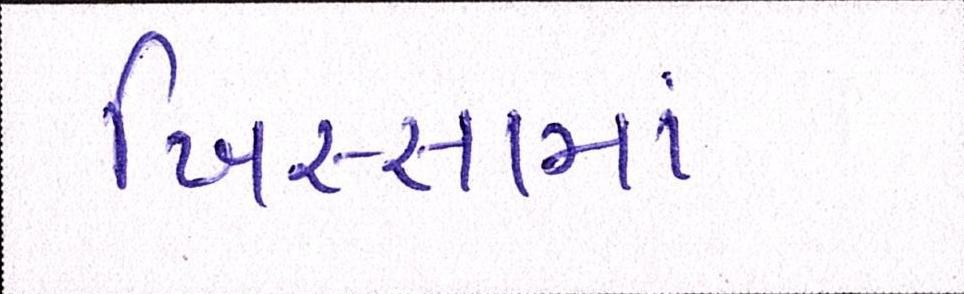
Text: ખિસ્સામાં